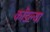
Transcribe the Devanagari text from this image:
कोंडल्या